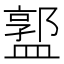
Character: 𥂣